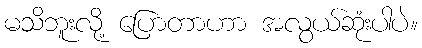
မသိဘူးလို့ ပြောတာဟာ အလွယ်ဆုံးပါပဲ။